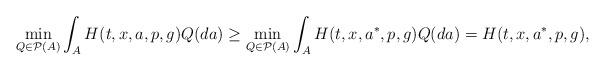
LaTeX: \begin{align*}\min_{Q\in \mathcal{P}(A)} \int_A H(t,x,a,p,g) Q(da) \geq \min_{Q\in \mathcal{P}(A)} \int_A H(t,x,a^\ast,p,g) Q(da) = H(t,x,a^\ast,p,g),\end{align*}